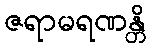
ဇရာမရဏန္တိ